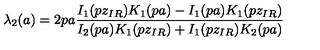
\lambda _ { 2 } ( a ) = 2 p a \frac { I _ { 1 } ( p z _ { I R } ) K _ { 1 } ( p a ) - I _ { 1 } ( p a ) K _ { 1 } ( p z _ { I R } ) } { I _ { 2 } ( p a ) K _ { 1 } ( p z _ { I R } ) + I _ { 1 } ( p z _ { I R } ) K _ { 2 } ( p a ) }